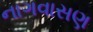
નાગવાસણ